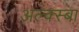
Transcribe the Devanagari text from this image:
अल्क्स्बा